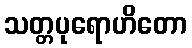
သတ္တပုရောဟိတော